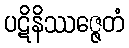
ပဋိနိဿဇ္ဇေတံ